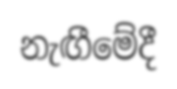
නැඟීමේදී